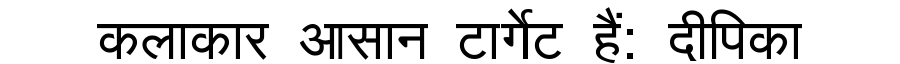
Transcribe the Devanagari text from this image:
कलाकार आसान टार्गेट हैं: दीपिका